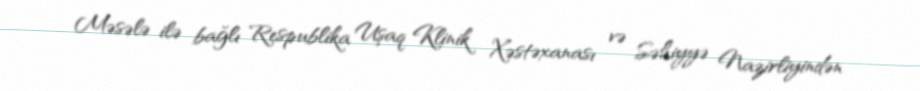
Məsələ ilə bağlı Respublika Uşaq Klinik Xəstəxanası və Səhiyyə Nazirliyindən